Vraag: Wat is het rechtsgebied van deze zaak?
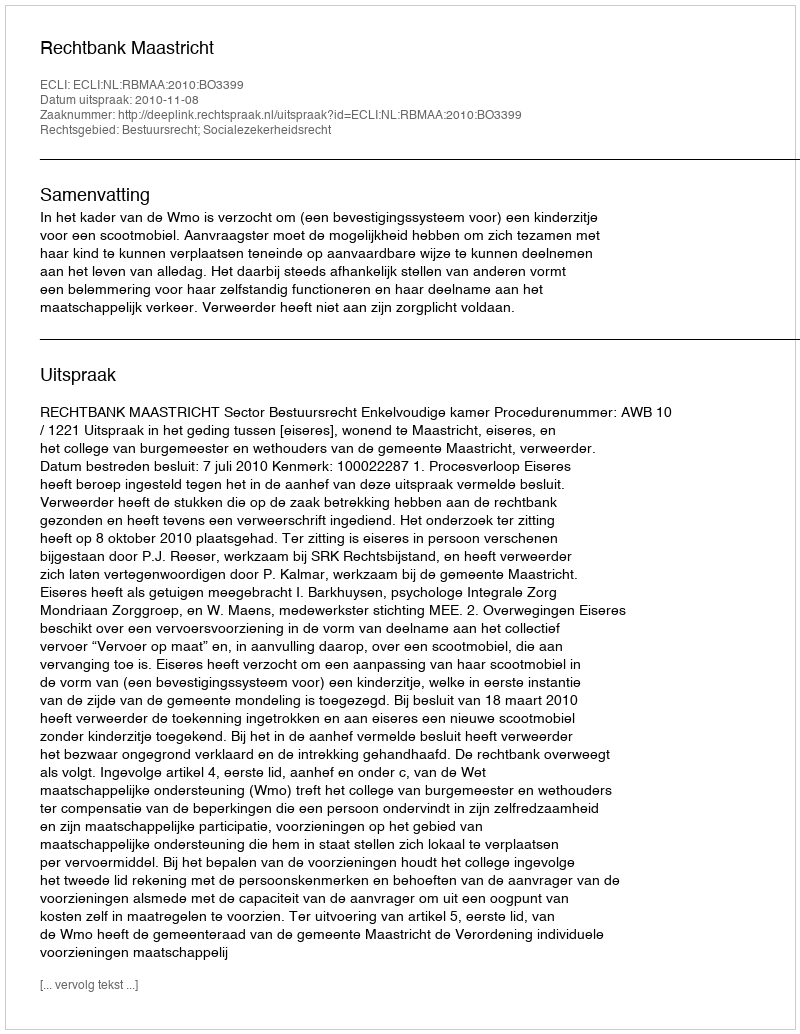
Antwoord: Bestuursrecht; Socialezekerheidsrecht